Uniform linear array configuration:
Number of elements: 64
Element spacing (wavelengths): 0.75
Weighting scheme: exponential
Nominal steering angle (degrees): -60
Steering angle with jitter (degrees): -58.37
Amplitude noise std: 0.05
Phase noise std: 0.05

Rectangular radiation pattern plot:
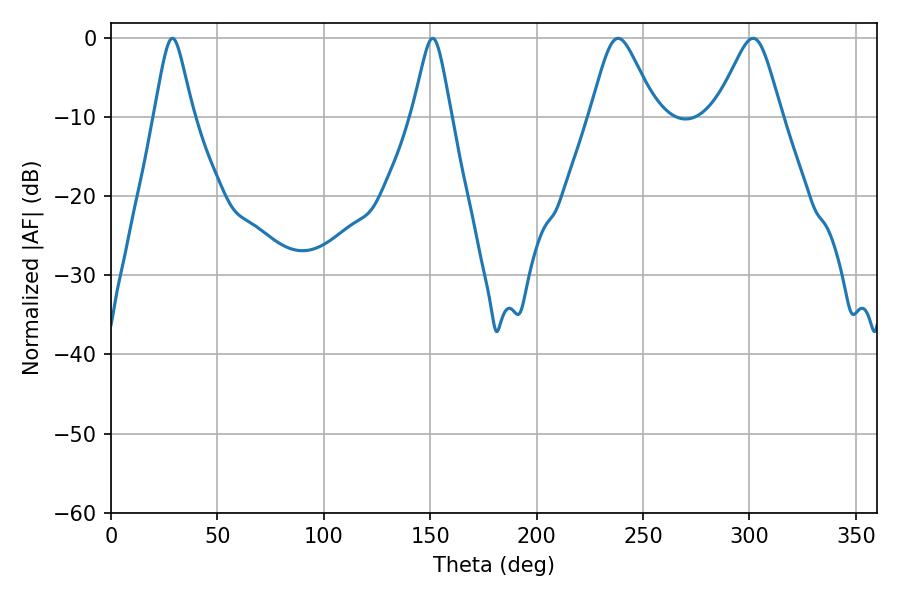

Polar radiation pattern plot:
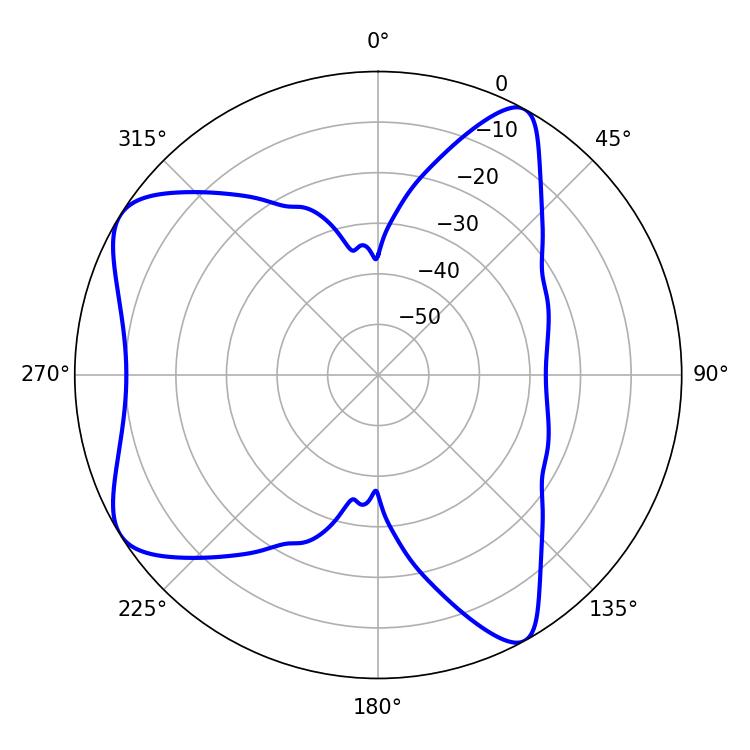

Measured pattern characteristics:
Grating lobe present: TRUE
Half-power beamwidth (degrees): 14.76
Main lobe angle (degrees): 238.32